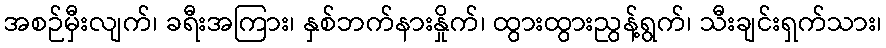
အစဉ်မှီးလျက်၊ ခရီးအကြား၊ နှစ်ဘက်နားနှိုက်၊ ထွားထွားညွန့်ရွက်၊ သီးချင်းရှက်သား၊